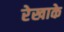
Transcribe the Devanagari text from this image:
रेखाके